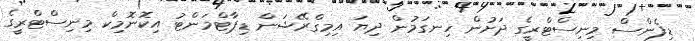
ޑިފެންސް މިނިސްޓްރީގެ ދަށުން ހިނގަމުން ދިޔަ އިމިގްރޭޝަން ޑިޕާޓްމަންޓު އިކޮނޮމިކް މިނިސްޓްރީގެ